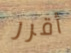
أقرر